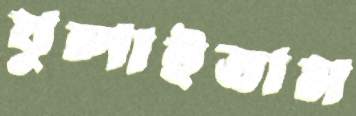
ঘুলাইতাম